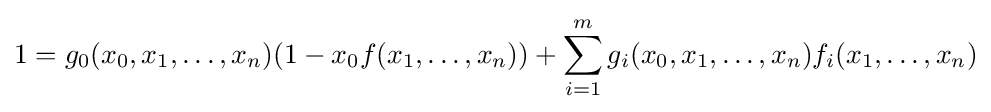
1=g_{0}(x_{0},x_{1},\dots ,x_{n})(1-x_{0}f(x_{1},\dots ,x_{n}))+\sum _{i=1}^{m}g_{i}(x_{0},x_{1},\dots ,x_{n})f_{i}(x_{1},\dots ,x_{n})